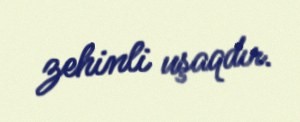
zehinli uşaqdır.